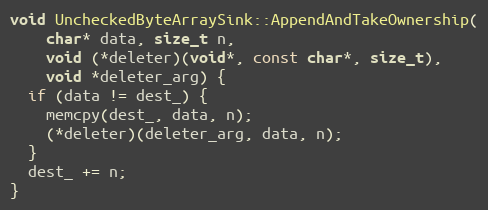
Language: C++
void UncheckedByteArraySink::AppendAndTakeOwnership(
    char* data, size_t n,
    void (*deleter)(void*, const char*, size_t),
    void *deleter_arg) {
  if (data != dest_) {
    memcpy(dest_, data, n);
    (*deleter)(deleter_arg, data, n);
  }
  dest_ += n;
}